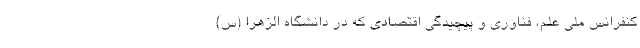
کنفرانس ملی علم، فناوری و پیچیدگی اقتصادی که در دانشگاه الزهرا (س)